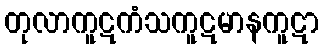
တုလာကူဋကံသကူဋမာနကူဋာ